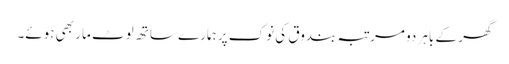
گھر کے باہر دو مرتبہ بندوق کی نوک پر ہمارے ساتھ لوٹ مار بھی ہوئے۔